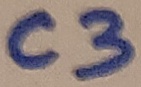
Text: C3